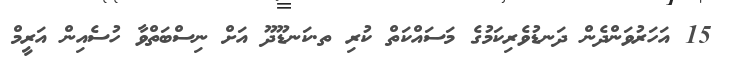
15 އަހަރުވަންދެން ދަނޑުވެރިކަމުގެ މަސައްކަތް ކުރި ތ.ކަނޑޫދޫ އަށް ނިސްބަތްވާ ހުސެއިން އަރީމް